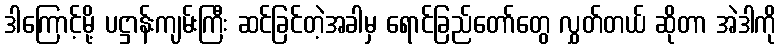
ဒါကြောင့်မို့ ပဋ္ဌာန်းကျမ်းကြီး ဆင်ခြင်တဲ့အခါမှ ရောင်ခြည်တော်တွေ လွှတ်တယ် ဆိုတာ အဲဒါကို